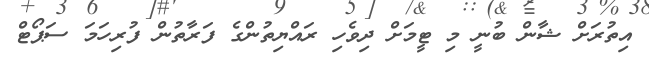
އިތުރަށް ޝާން ބުނީ މި ޓީމަށް ދިވެހި ރައްޔިތުންގެ ފަރާތުން ފުރިހަމަ ސަޕޯޓް